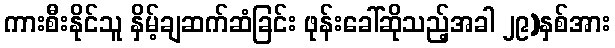
ကားစီးနိုင်သူ နှိမ့်ချဆက်ဆံခြင်း ဖုန်းခေါ်ဆိုသည့်အခါ ၂၉)နှစ်အား